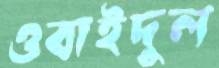
ওবাইদুল